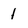
Character: 1